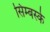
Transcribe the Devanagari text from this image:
सिम्बर्स्क